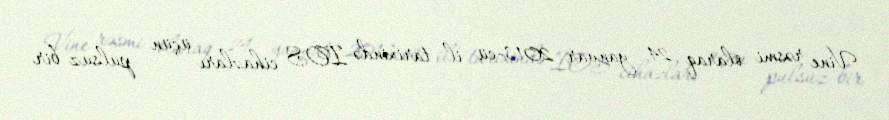
Vine rəsmi olaraq 24 yanvar 2013-cü il tarixində İOS cihazları üçün pulsuz bir